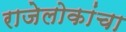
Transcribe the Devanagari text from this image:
राजेलोकांचा